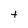
Character: t